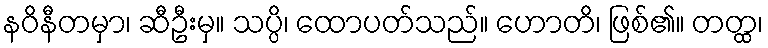
နဝိနီတမှာ၊ ဆီဦးမှ။ သပ္ပိ၊ ထောပတ်သည်။ ဟောတိ၊ ဖြစ်၏။ တတ္ထ၊